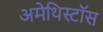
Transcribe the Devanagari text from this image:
अमेथिस्टॉस